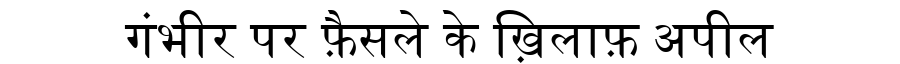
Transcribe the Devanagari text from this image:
गंभीर पर फ़ैसले के ख़िलाफ़ अपील